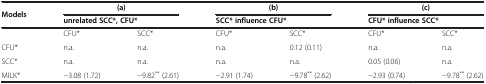
<table><thead><tr><td><b>Models</b></td><td><b>(a)</b></td><td><b> </b></td><td><b>(b)</b></td><td><b> </b></td><td><b>(c)</b></td><td><b> </b></td></tr><tr><td><b> </b></td><td colspan="2"><b>unrelated SCC*, CFU*</b></td><td colspan="2"><b>SCC* influence CFU*</b></td><td colspan="2"><b>CFU* influence SCC*</b></td></tr></thead><tbody><tr><td> </td><td>CFU*</td><td>SCC*</td><td>CFU*</td><td>SCC*</td><td>CFU*</td><td>SCC*</td></tr><tr><td>CFU*</td><td>n.a.</td><td>n.a.</td><td>n.a.</td><td>0.12 (0.11)</td><td>n.a.</td><td>n.a.</td></tr><tr><td>SCC*</td><td>n.a.</td><td>n.a.</td><td>n.a.</td><td>n.a.</td><td>0.05 (0.06)</td><td>n.a.</td></tr><tr><td>MILK*</td><td>−3.08 (1.72)</td><td>−9.82<sup>**</sup> (2.61)</td><td>−2.91 (1.74)</td><td>−9.78<sup>**</sup> (2.62)</td><td>−2.93 (0.74)</td><td>−9.78<sup>**</sup> (2.62)</td></tr></tbody></table>